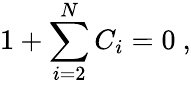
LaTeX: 1+\sum_{i=2}^{N}C_{i}=0\ ,